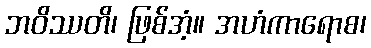
ဘဝိဿတိ၊ ဖြစ်အံ့။ အဟံကာရောစ၊